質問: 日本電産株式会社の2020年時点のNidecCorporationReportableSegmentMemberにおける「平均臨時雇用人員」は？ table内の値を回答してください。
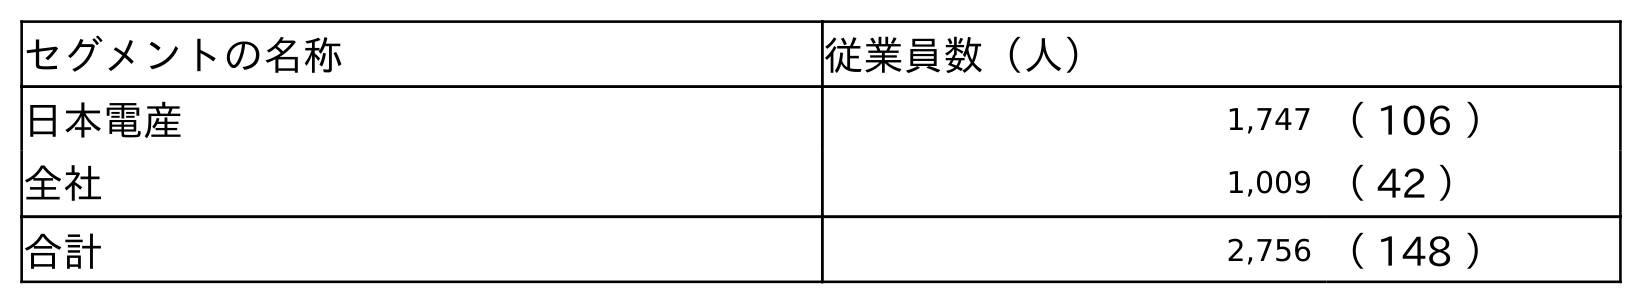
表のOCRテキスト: セグメントの名称 従業員数（人） 日本電産 1,747 （ 106 ） 全社 1,009 （ 42 ） 合計 2,756 （ 148 ）
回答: （106）